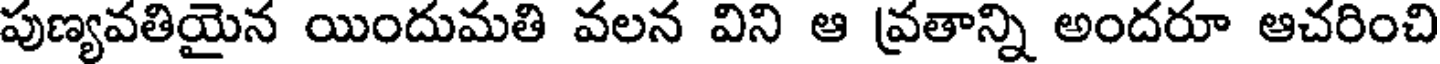
పుణ్యవతియైన యిందుమతి వలన విని ఆ వ్రతాన్ని అందరూ ఆచరించి